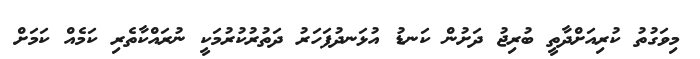
މިވަގުތު ކުރިއަށްދާތީ ބުރިޖު ދަށުން ކަނޑު އުޅަނދުފަހަރު ދަތުރުކުރުމަކީ ނުރައްކާތެރި ކަމެއް ކަމަށް